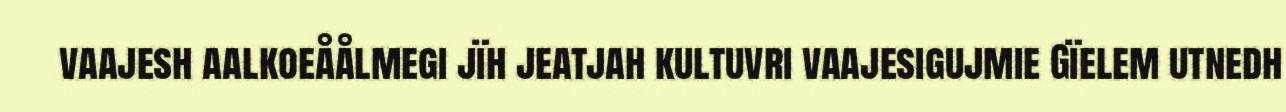
vaajesh aalkoeåålmegi jïh jeatjah kultuvri vaajesigujmie Gïelem utnedh